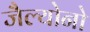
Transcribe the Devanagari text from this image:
जैल्योनो